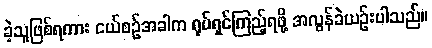
ခဲ့သူဖြစ်ရကား ငယ်စဉ်အခါက ရုပ်ရှင်ကြည့်ရဖို့ အလွန်ခဲယဉ်းပါသည်။